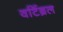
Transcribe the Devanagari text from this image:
वर्टिब्रल